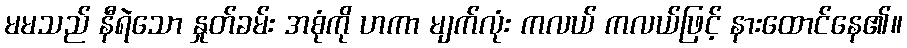
မမသည် နီရဲသော နှုတ်ခမ်း အစုံကို ဟကာ မျက်လုံး ကလယ် ကလယ်ဖြင့် နားထောင်နေ၏။